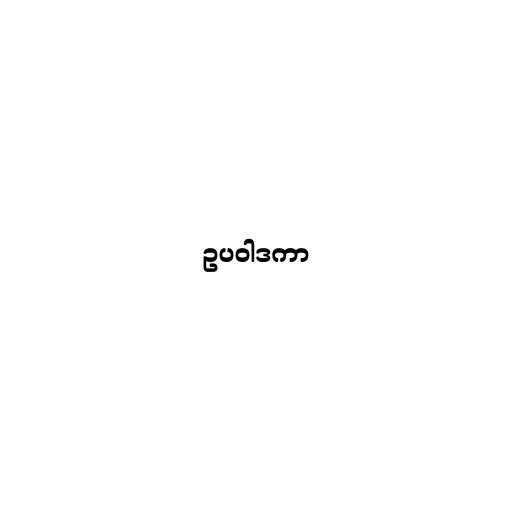
ဥပဝါဒကာ